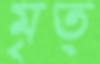
মৃত্